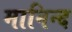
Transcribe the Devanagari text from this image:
मानिन्द